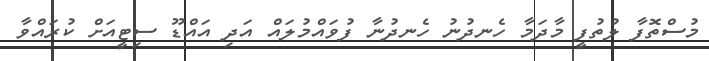
މުސްތޮފާ ލުތުފީ މާދަމާ ހެނދުނު ހެނދުނާ ފުވައްމުލައް އަދި އައްޑޫ ސިޓީއަށް ކުރައްވާ